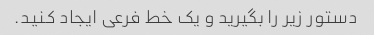
دستور زیر را بگیرید و یک خط فرعی ایجاد کنید.